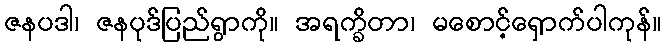
ဇနပဒါ၊ ဇနပုဒ်ပြည်ရွာကို။ အရက္ခိတာ၊ မစောင့်ရှောက်ပါကုန်။